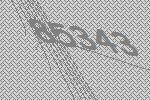
85343